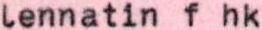
lennatin f hk